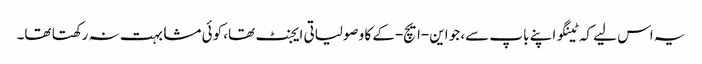
یہ اس لیے کہ ٹینگو اپنے باپ سے، جو این-ایچ-کے کا وصولیاتی ایجنٹ تھا، کوئی مشابہت نہ رکھتا تھا۔